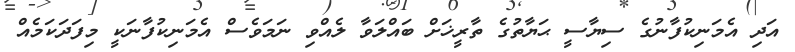
އަދި އެމަނިކުފާނުގެ ސިޔާސީ ޙަޔާތުގެ ތާރީޚަށް ބައްލަވާ ލެއްވި ނަމަވެސް އެމަނިކުފާނަކީ މިފަދަކަމެއް